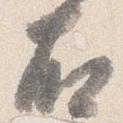
右